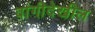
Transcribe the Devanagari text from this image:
वांगीदेखील